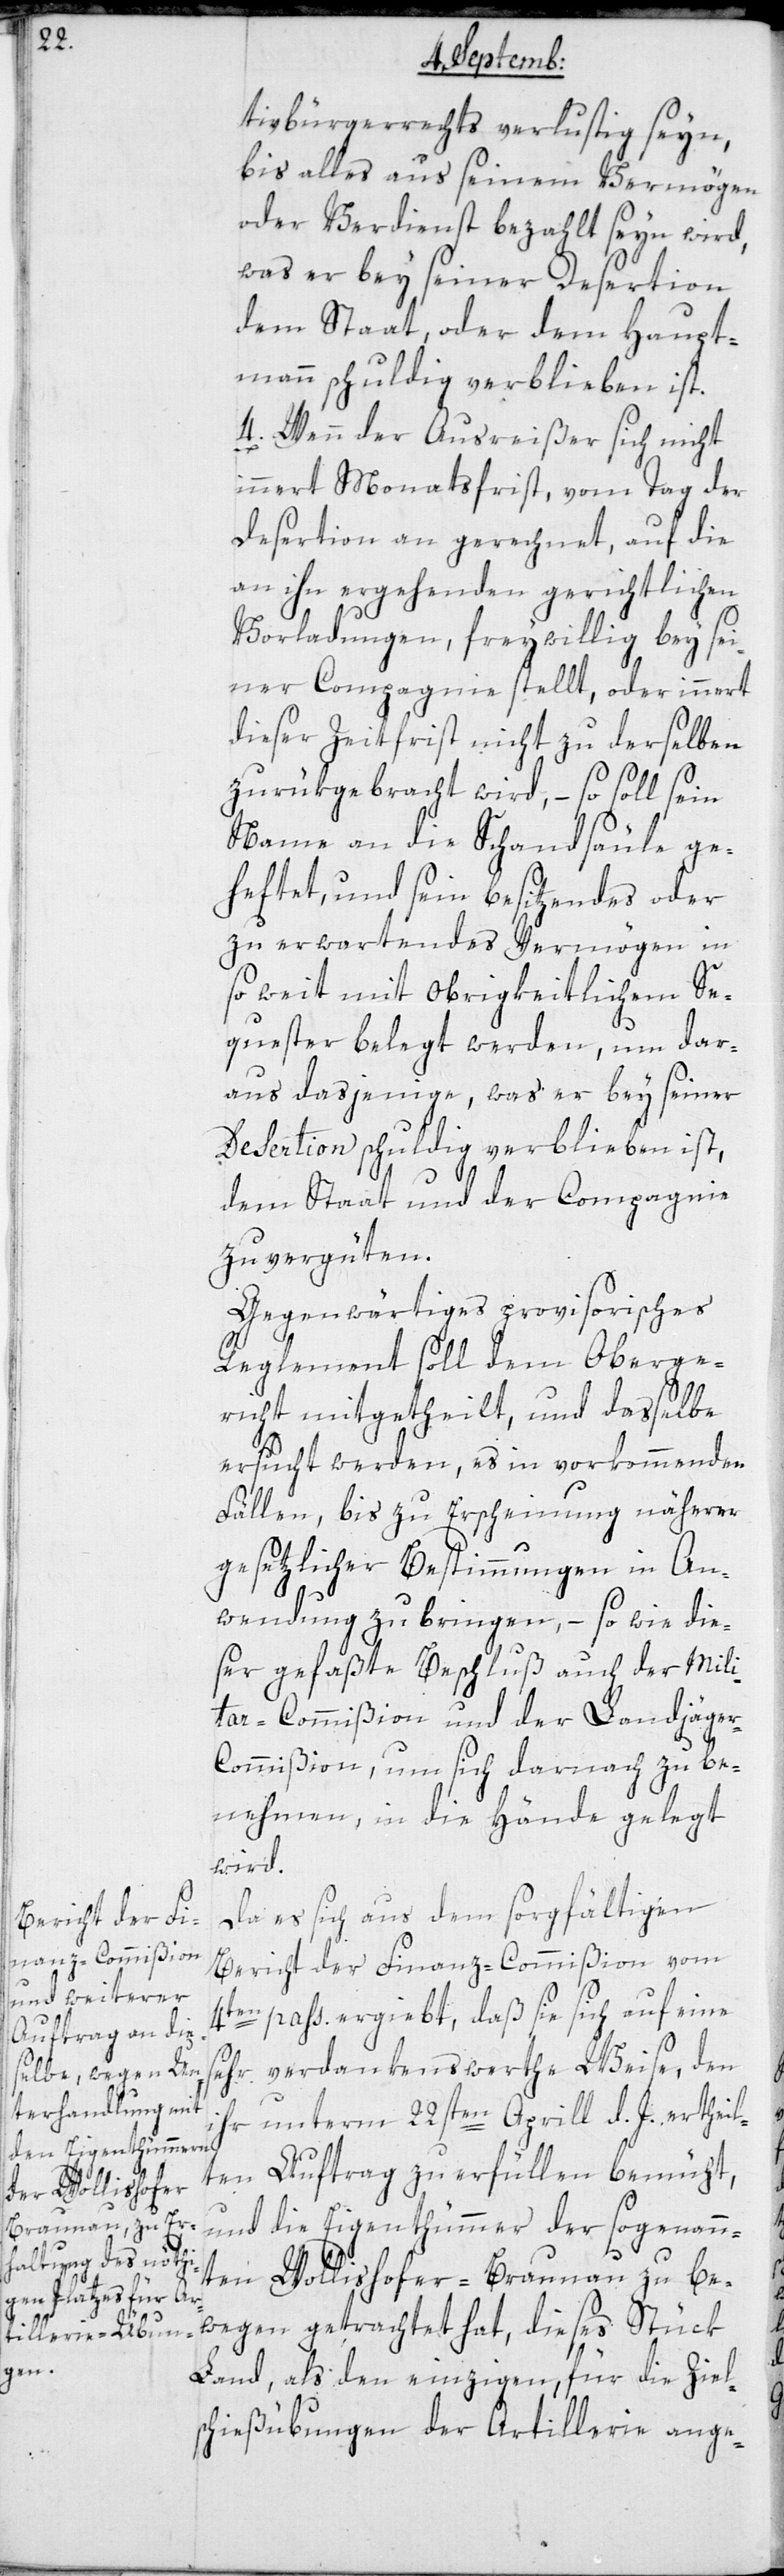
tivbürgerrechts verlustig seyn,
bis alles aus seinem Vermögen
oder Verdienst bezahlt seyn wird,
was er bey seiner Desertion
dem Staat oder dem Haupt¬
mann schuldig verblieben ist.
4. Wenn der Ausreißer sich nicht
innert Monatsfrist, vom Tag der
Desertion an gerechnet, auf die
an ihn ergehenden gerichtlichen
Vorladungen, freywillig bey sei¬
ner Compagnie stellt oder innert
dieser Zeitfrist nicht zu derselben
zurük gebracht wird, – so soll sein
Name an die Schandsäule ge¬
heftet, und sein besitzendes oder
zu erwartendes Vermögen, in¬
soweit mit Obrigkeitlichem Se¬
quester belegt werden, um dar¬
aus dasjenige, was er bey seiner
Desertion schuldig verblieben ist,
dem Staat und der Compagnie
zu vergüten.
Gegenwärtiges provisorisches
Reglement soll dem Oberge¬
richt mitgetheilt, und dasselbe
ersucht werden, es in vorkommenden
Fällen, bis zu Erscheinung näherer
gesetzlicher Bestimmungen in An¬
wendung zu bringen, – so wie die¬
ser gefaßte Beschluß auch der Mili¬
tar-Commißion und der Landjäge¬
r-Commißion , um sich darnach zu be¬
nehmen, in die Hände gelegt
wird.
Da es sich aus dem sorgfältigen
Bericht der Finanz-Commißion vom
passati ergibt, daß sie sich auf eine
sehr verdankenswerthe Weise, den
ihr unterm 22sten April d. J. ertheil¬
en Auftrag zu erfüllen bemüht,
und die Eigenthümmer der sogenann¬
ten Wollishofer-Braunau zu be¬
wegen getrachtet hat, dieses Stück
Land, als den einzigen, für die Ziel¬
schießübungen der Artillerie ange-